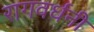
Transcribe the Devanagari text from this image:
रागवर्धनी